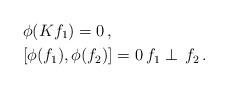
LaTeX: \begin{align*} & \phi(Kf_1) = 0 \, , \\ & [\phi(f_1), \phi(f_2)] = 0 \, f_1 \perp \, f_2 \, . \end{align*}